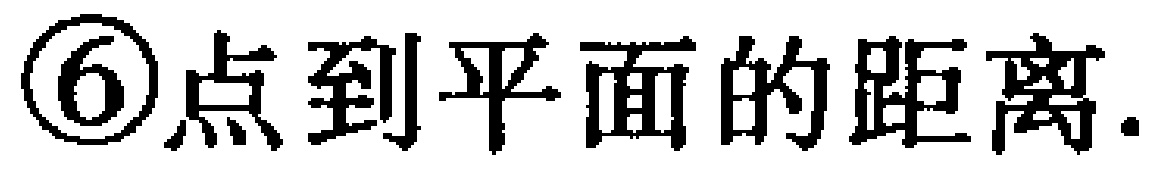
\textcircled{6}点到平面的距离.